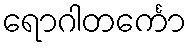
ရောဂါတင်္ကော